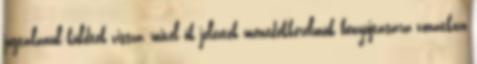
jogtalanul küldtek vissza, mivel ők jelezték menedékkérelmük benyújtására vonatkozó